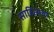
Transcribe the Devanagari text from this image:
साहित्यचा